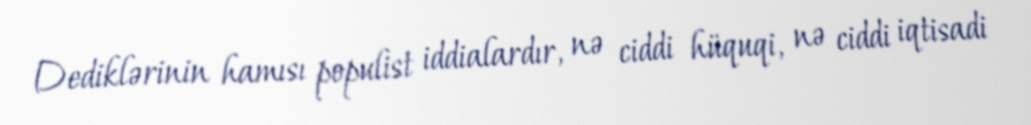
Dediklərinin hamısı populist iddialardır, nə ciddi hüquqi, nə ciddi iqtisadi